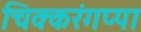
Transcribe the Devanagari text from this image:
चिक्करंगप्पा